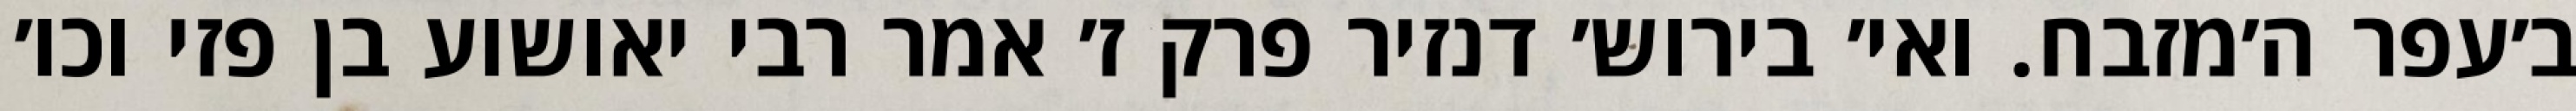
ב׳עפר ה׳מזבח. ואי׳ בירוש׳ דנזיר פרק ז׳ אמר רבי יאושוע בן פזי וכו׳